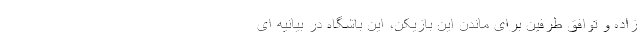
زاده و توافق طرفین برای ماندن این بازیکن، این باشگاه در بیانیه ای